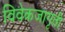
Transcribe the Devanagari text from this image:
विवेकजागृती